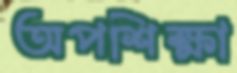
অপশিক্ষা